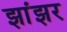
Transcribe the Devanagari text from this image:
झांझर